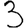
Digit: 3